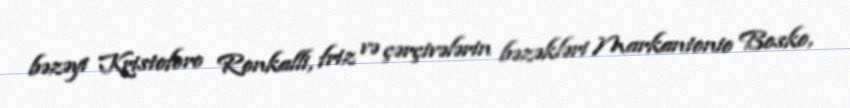
bəzəyi Kristoforo Ronkalli, friz və çərçivələrin bəzəkləri Markantonio Bosko,